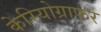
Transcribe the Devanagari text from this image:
केरियोग्राफर